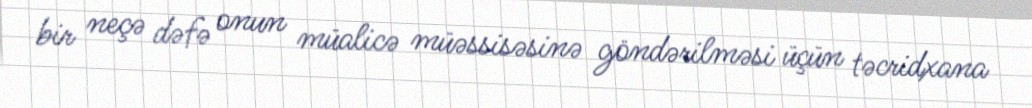
bir neçə dəfə onun müalicə müəssisəsinə göndərilməsi üçün təcridxana